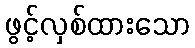
ဖွင့်လှစ်ထားသော